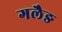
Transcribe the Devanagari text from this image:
गलैङ